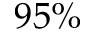
9 5 \%